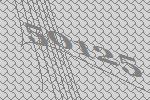
50125